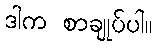
ဒါက စာချုပ်ပါ။